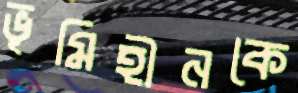
ভূমিহীনকে